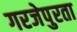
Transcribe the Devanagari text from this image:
गरजेपुरता